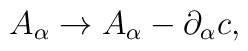
A_\alpha \rightarrow A_\alpha - \partial_\alpha c ,